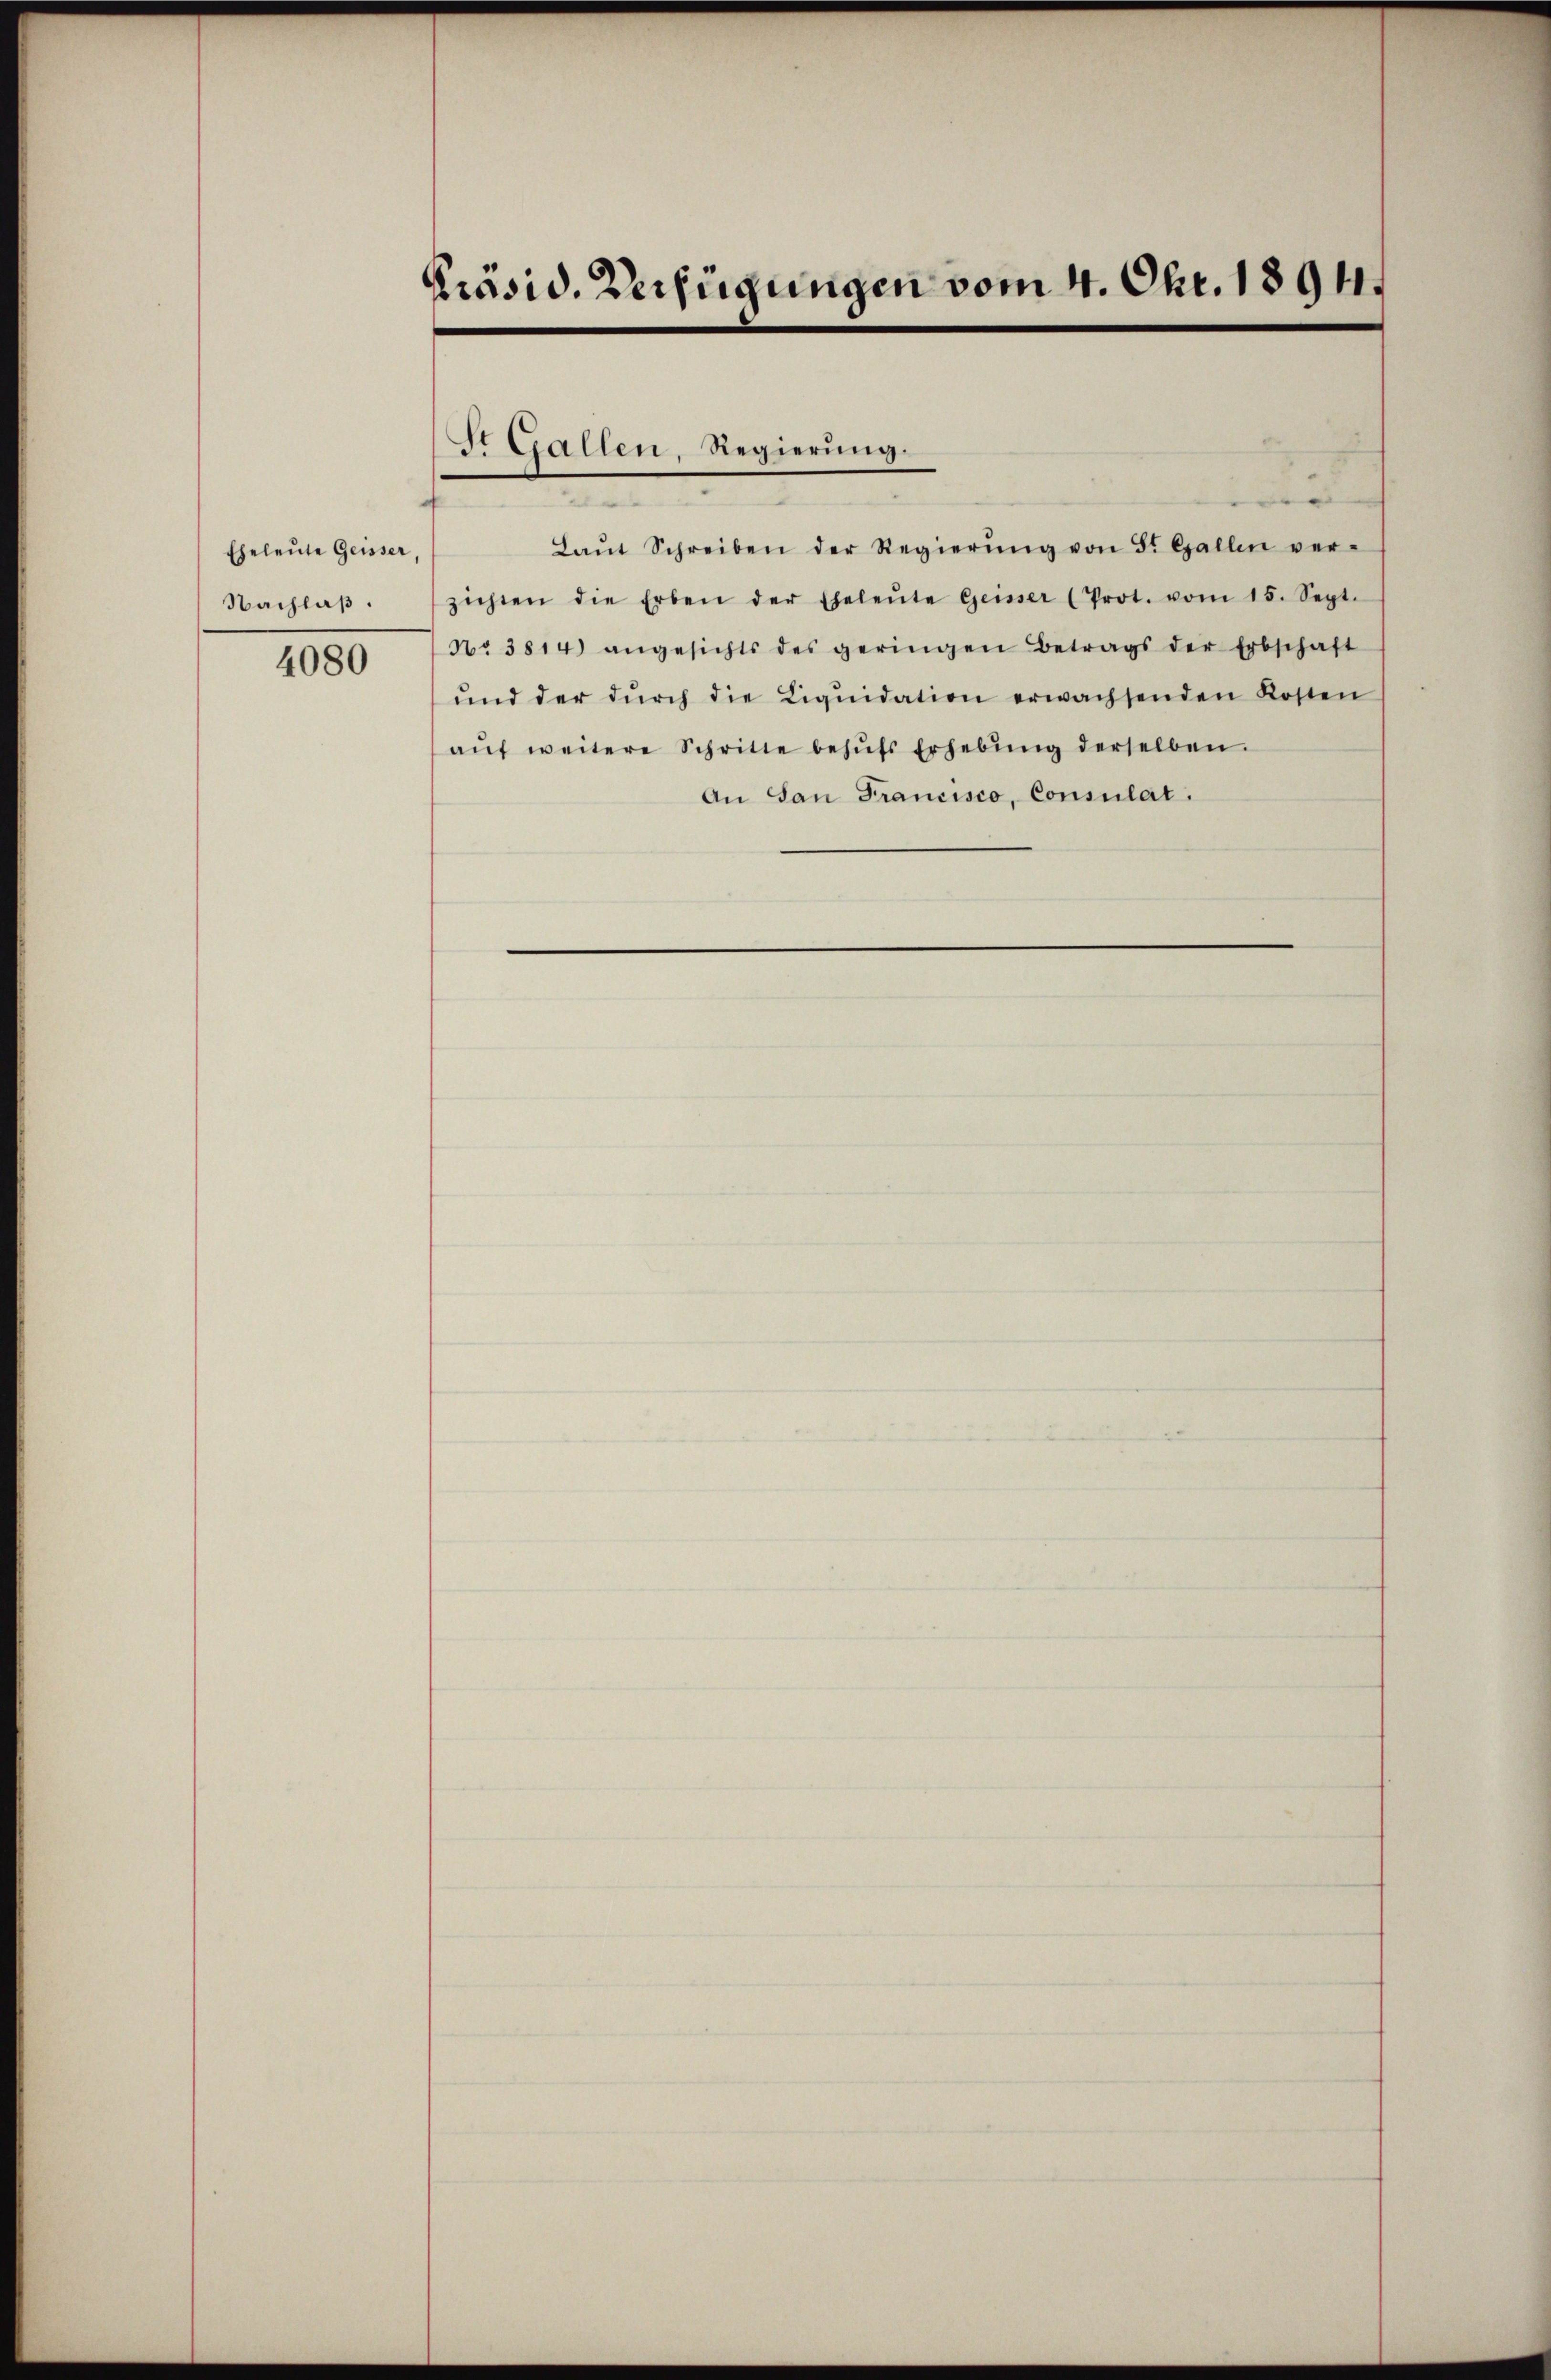
Eheleute Geisser,
Nachlaß.

4080

Präsid. Verfügungen vom 4. Okt. 1891.

St. Gallen, Regierung.

Laŭt Schreiben der Regierŭng von St. Gallen ver-
zichten die Erben der Eheleŭte Geisser (Prot. vom 15. Sept.
Nr 3814) angesichts des geringen Betrags der Erbschaft
ŭnd der dŭrch die Liqŭidation erwachsenden Kosten
aŭf weitere Schritte behŭfs Erhebŭng derselben.
An San Francisco, Consulat.